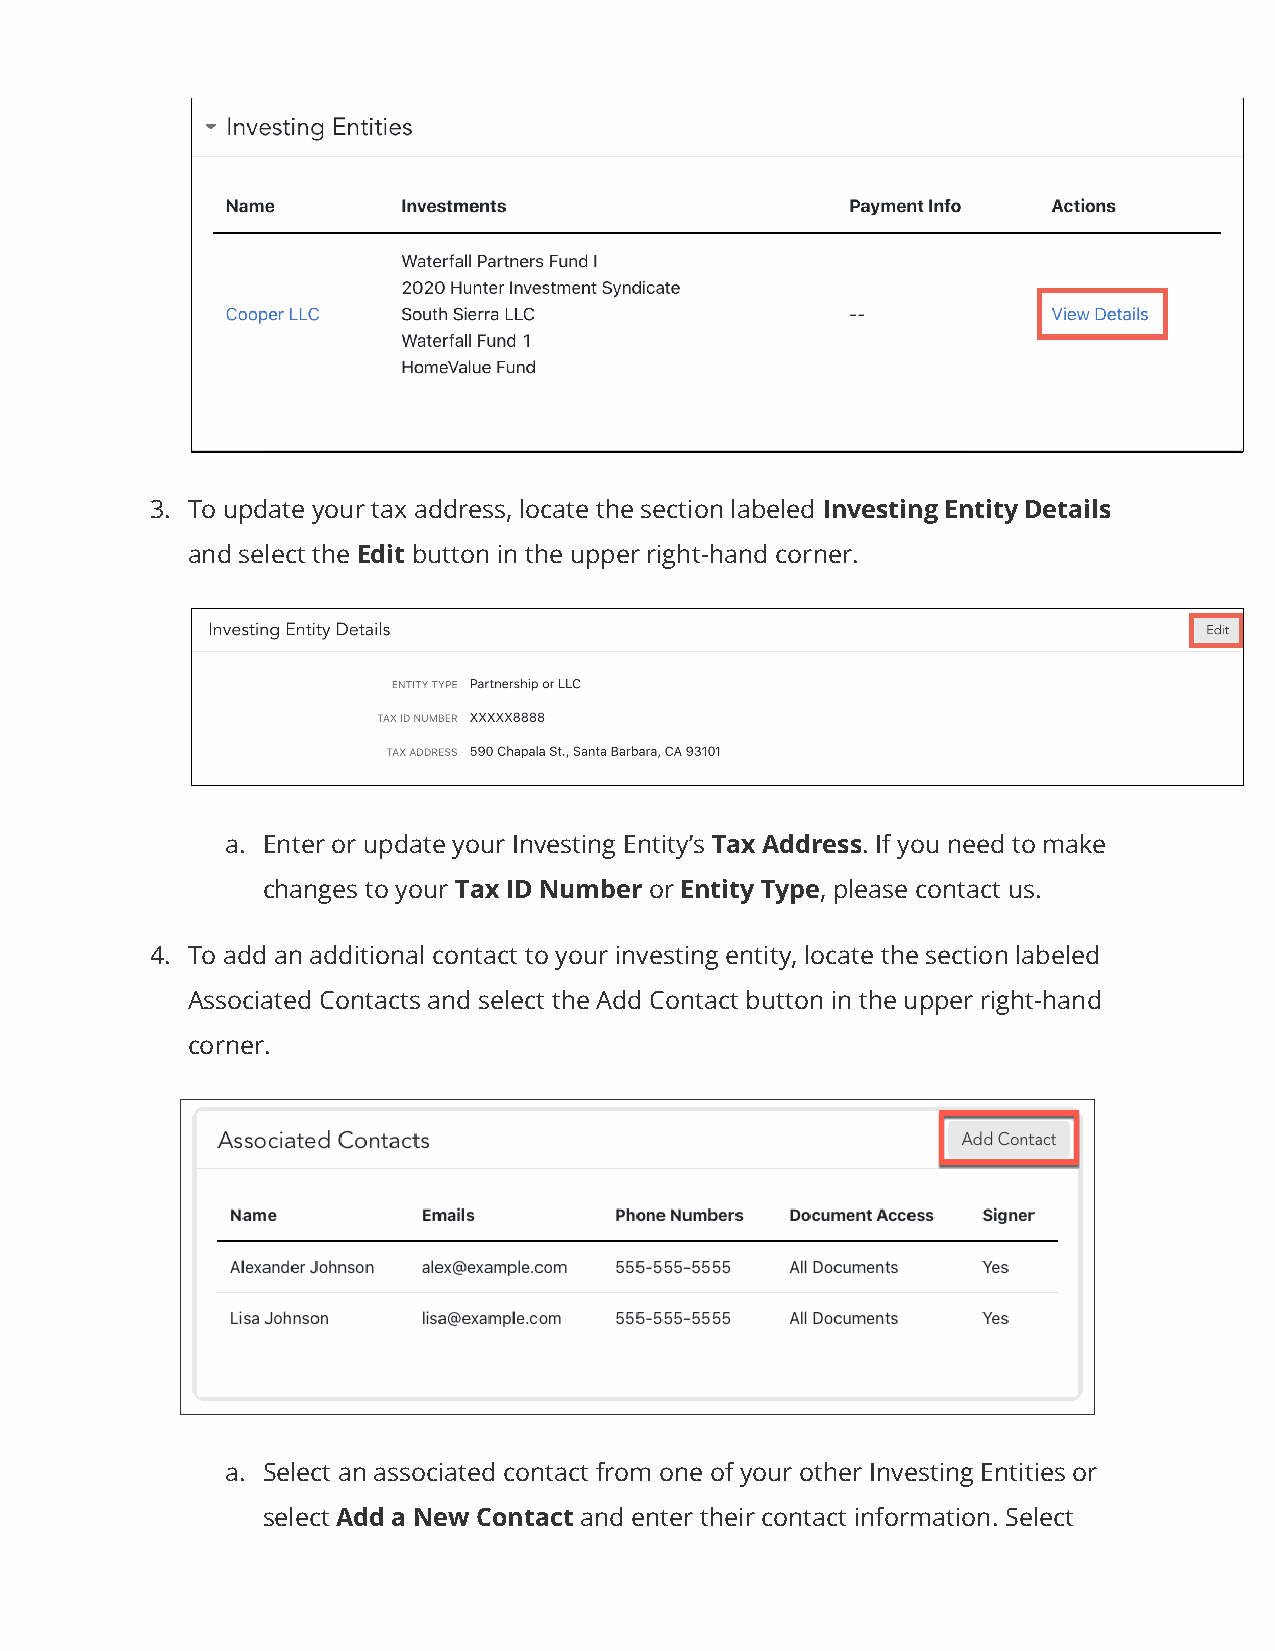
3. To update your tax address, locate the section labeled Investing Entity Details
 and select the Edit button in the upper right-hand corner.
 a. Enter or update your Investing Entity’s Tax Address. If you need to make
 changes to your Tax ID Number or Entity Type, please contact us.
 4. To add an additional contact to your investing entity, locate the section labeled
 Associated Contacts and select the Add Contact button in the upper right-hand
 corner.
 a. Select an associated contact from one of your other Investing Entities or
 select Add a New Contact and enter their contact information. Select